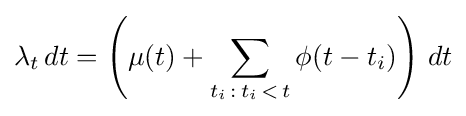
\lambda _{t}\,dt=\left(\mu (t)+\sum _{t_{i}\,:\,t_{i}\,<\,t}\phi (t-t_{i})\right)\,dt